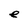
Character: e